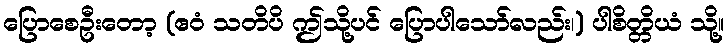
ပြောစေဦးတော့ (ဧဝံ သတိပိ ဤသို့ပင် ပြောပါသော်လည်း၊) ပါစိတ္တိယံ သို့။